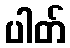
ပါတ်